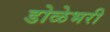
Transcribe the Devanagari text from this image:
डोळेभरी